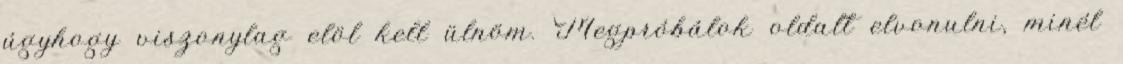
úgyhogy viszonylag elöl kell ülnöm. Megpróbálok oldalt elvonulni, minél